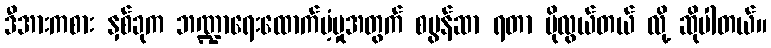
ဒီအားကစား နှစ်ခုက ဘဏ္ဍာရေးထောက်ပံ့မှုအတွက် စပွန်ဆာ ရတာ ပိုလွယ်တယ် လို့ ဆိုပါတယ်။